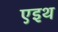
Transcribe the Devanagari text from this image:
एइथ